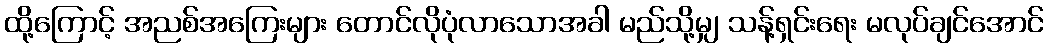
ထို့ကြောင့် အညစ်အကြေးများ တောင်လိုပုံလာသောအခါ မည်သို့မျှ သန့်ရှင်းရေး မလုပ်ချင်အောင်